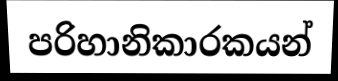
පරිහානිකාරකයන්